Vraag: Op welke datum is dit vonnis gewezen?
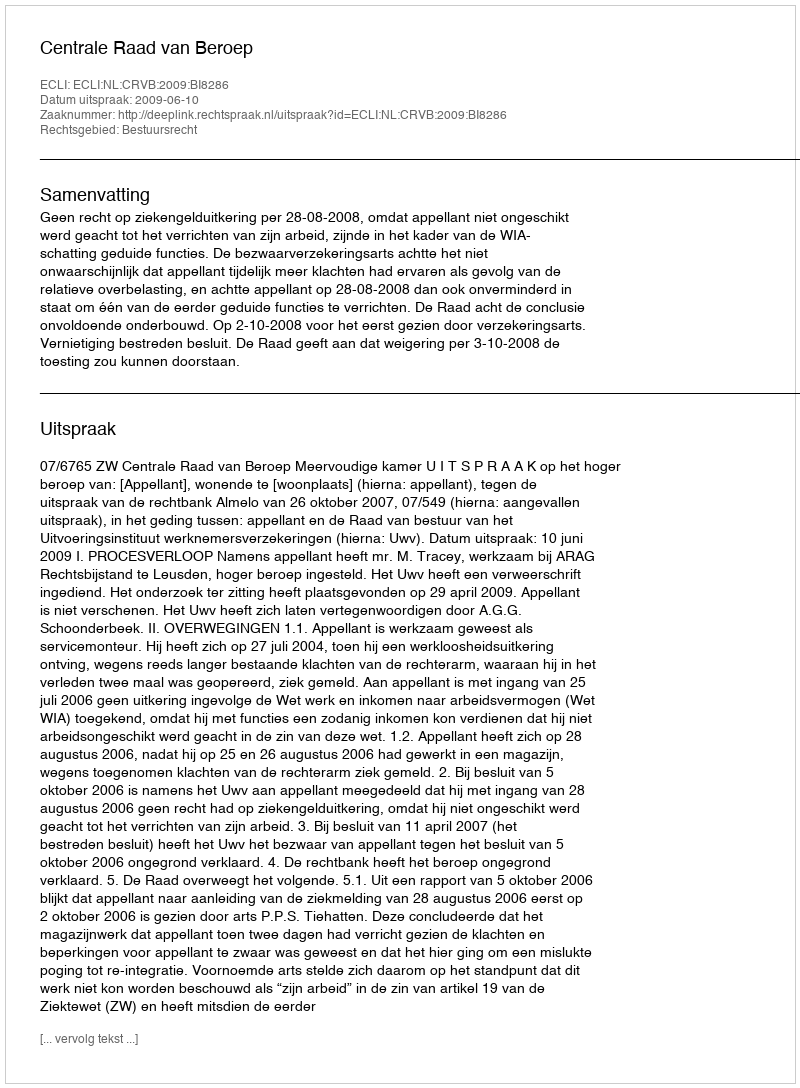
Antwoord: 2009-06-10